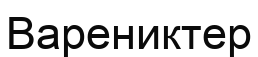
Варениктер